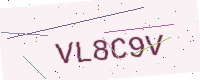
Text: VL8C9V